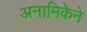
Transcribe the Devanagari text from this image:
अनामिकेने